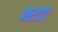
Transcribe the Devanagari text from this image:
फराटा